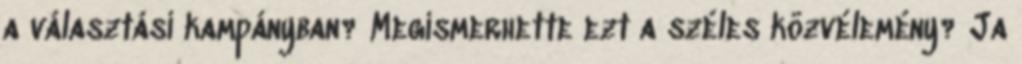
a választási kampányban? Megismerhette ezt a széles közvélemény? Ja